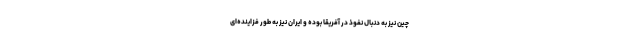
چین نیز به دنبال نفوذ در آفریقا بوده و ایران نیز به طور فزاینده‌ای